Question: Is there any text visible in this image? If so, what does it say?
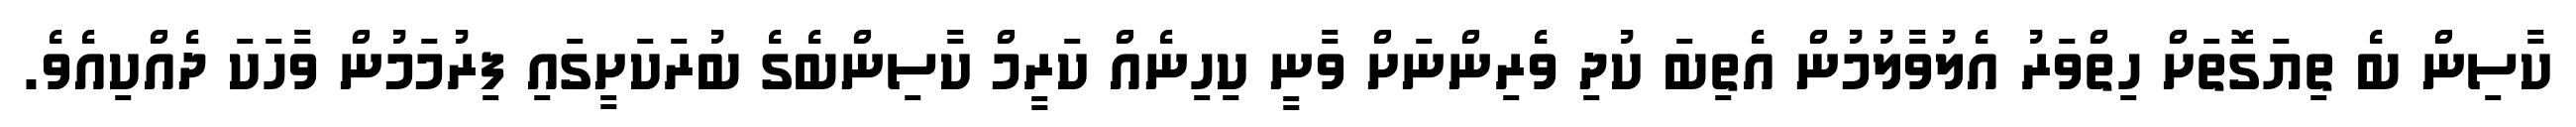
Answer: ކާސިން ބެ ތިޔަގޮތަށް ހިތްވަރު އެލުވާލުމުން އެތިބަ ކުދި ވެރިންނަށް ވާނީ ކިހިނެއް ކަރީމް ކާސިންބެގެ ބުރަކަށީގައި ފިރުމަމުން ވާހަކަ ދެއްކިއެވެ.